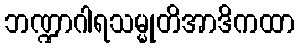
ဘဏ္ဍာဂါရသမ္မုတိအာဒိကထာ